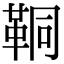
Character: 𩊗